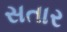
સતાર